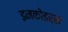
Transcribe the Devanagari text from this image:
इनकोडर्स